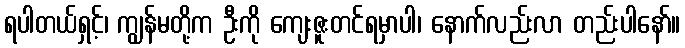
ရပါတယ်ရှင့်၊ ကျွန်မတို့က ဦးကို ကျေးဇူးတင်ရမှာပါ၊ နောက်လည်းလာ တည်းပါနော်။